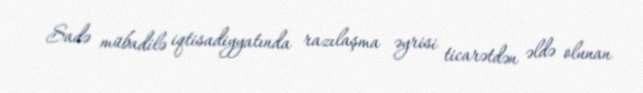
Sadə mübadilə iqtisadiyyatında razılaşma əyrisi ticarətdən əldə olunan